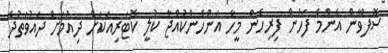
ސޮފްވާން އެންމެ ފަހުން ފިރިހެން މީހާ އަންހެންކުއްޖާ ކުލީ ކޮޓަރިއަކަށް ދިއުމަށް ދައުވަތުދެ